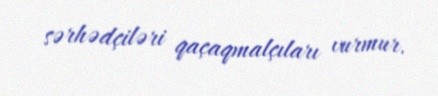
sərhədçiləri qaçaqmalçıları vurmur.